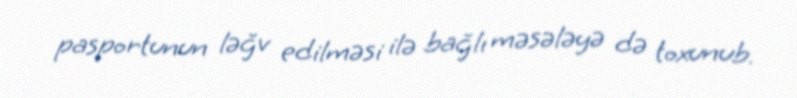
pasportunun ləğv edilməsi ilə bağlı məsələyə də toxunub.